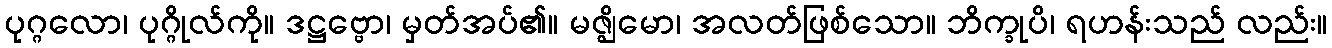
ပုဂ္ဂလော၊ ပုဂ္ဂိုလ်ကို။ ဒဋ္ဌဗ္ဗော၊ မှတ်အပ်၏။ မဇ္ဈိမော၊ အလတ်ဖြစ်သော။ ဘိက္ခုပိ၊ ရဟန်းသည် လည်း။